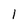
Character: 1